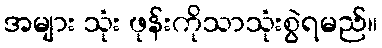
အများ သုံး ဖုန်းကိုသာသုံးစွဲရမည်။